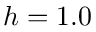
h = 1 . 0